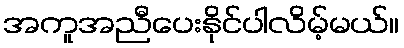
အကူအညီပေးနိုင်ပါလိမ့်မယ်။